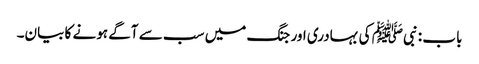
باب : نبیﷺ کی بہادری اور جنگ میں سب سے آگے ہونے کا بیان۔